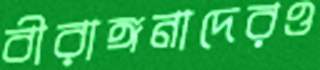
বীরাঙ্গনাদেরও